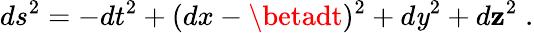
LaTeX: ds^{2}=-dt^{2}+(dx-\betadt)^{2}+d\mathit{y}^{2}+d\mathbf{z}^{2}\; .